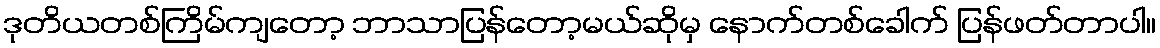
ဒုတိယတစ်ကြိမ်ကျတော့ ဘာသာပြန်တော့မယ်ဆိုမှ နောက်တစ်ခေါက် ပြန်ဖတ်တာပါ။